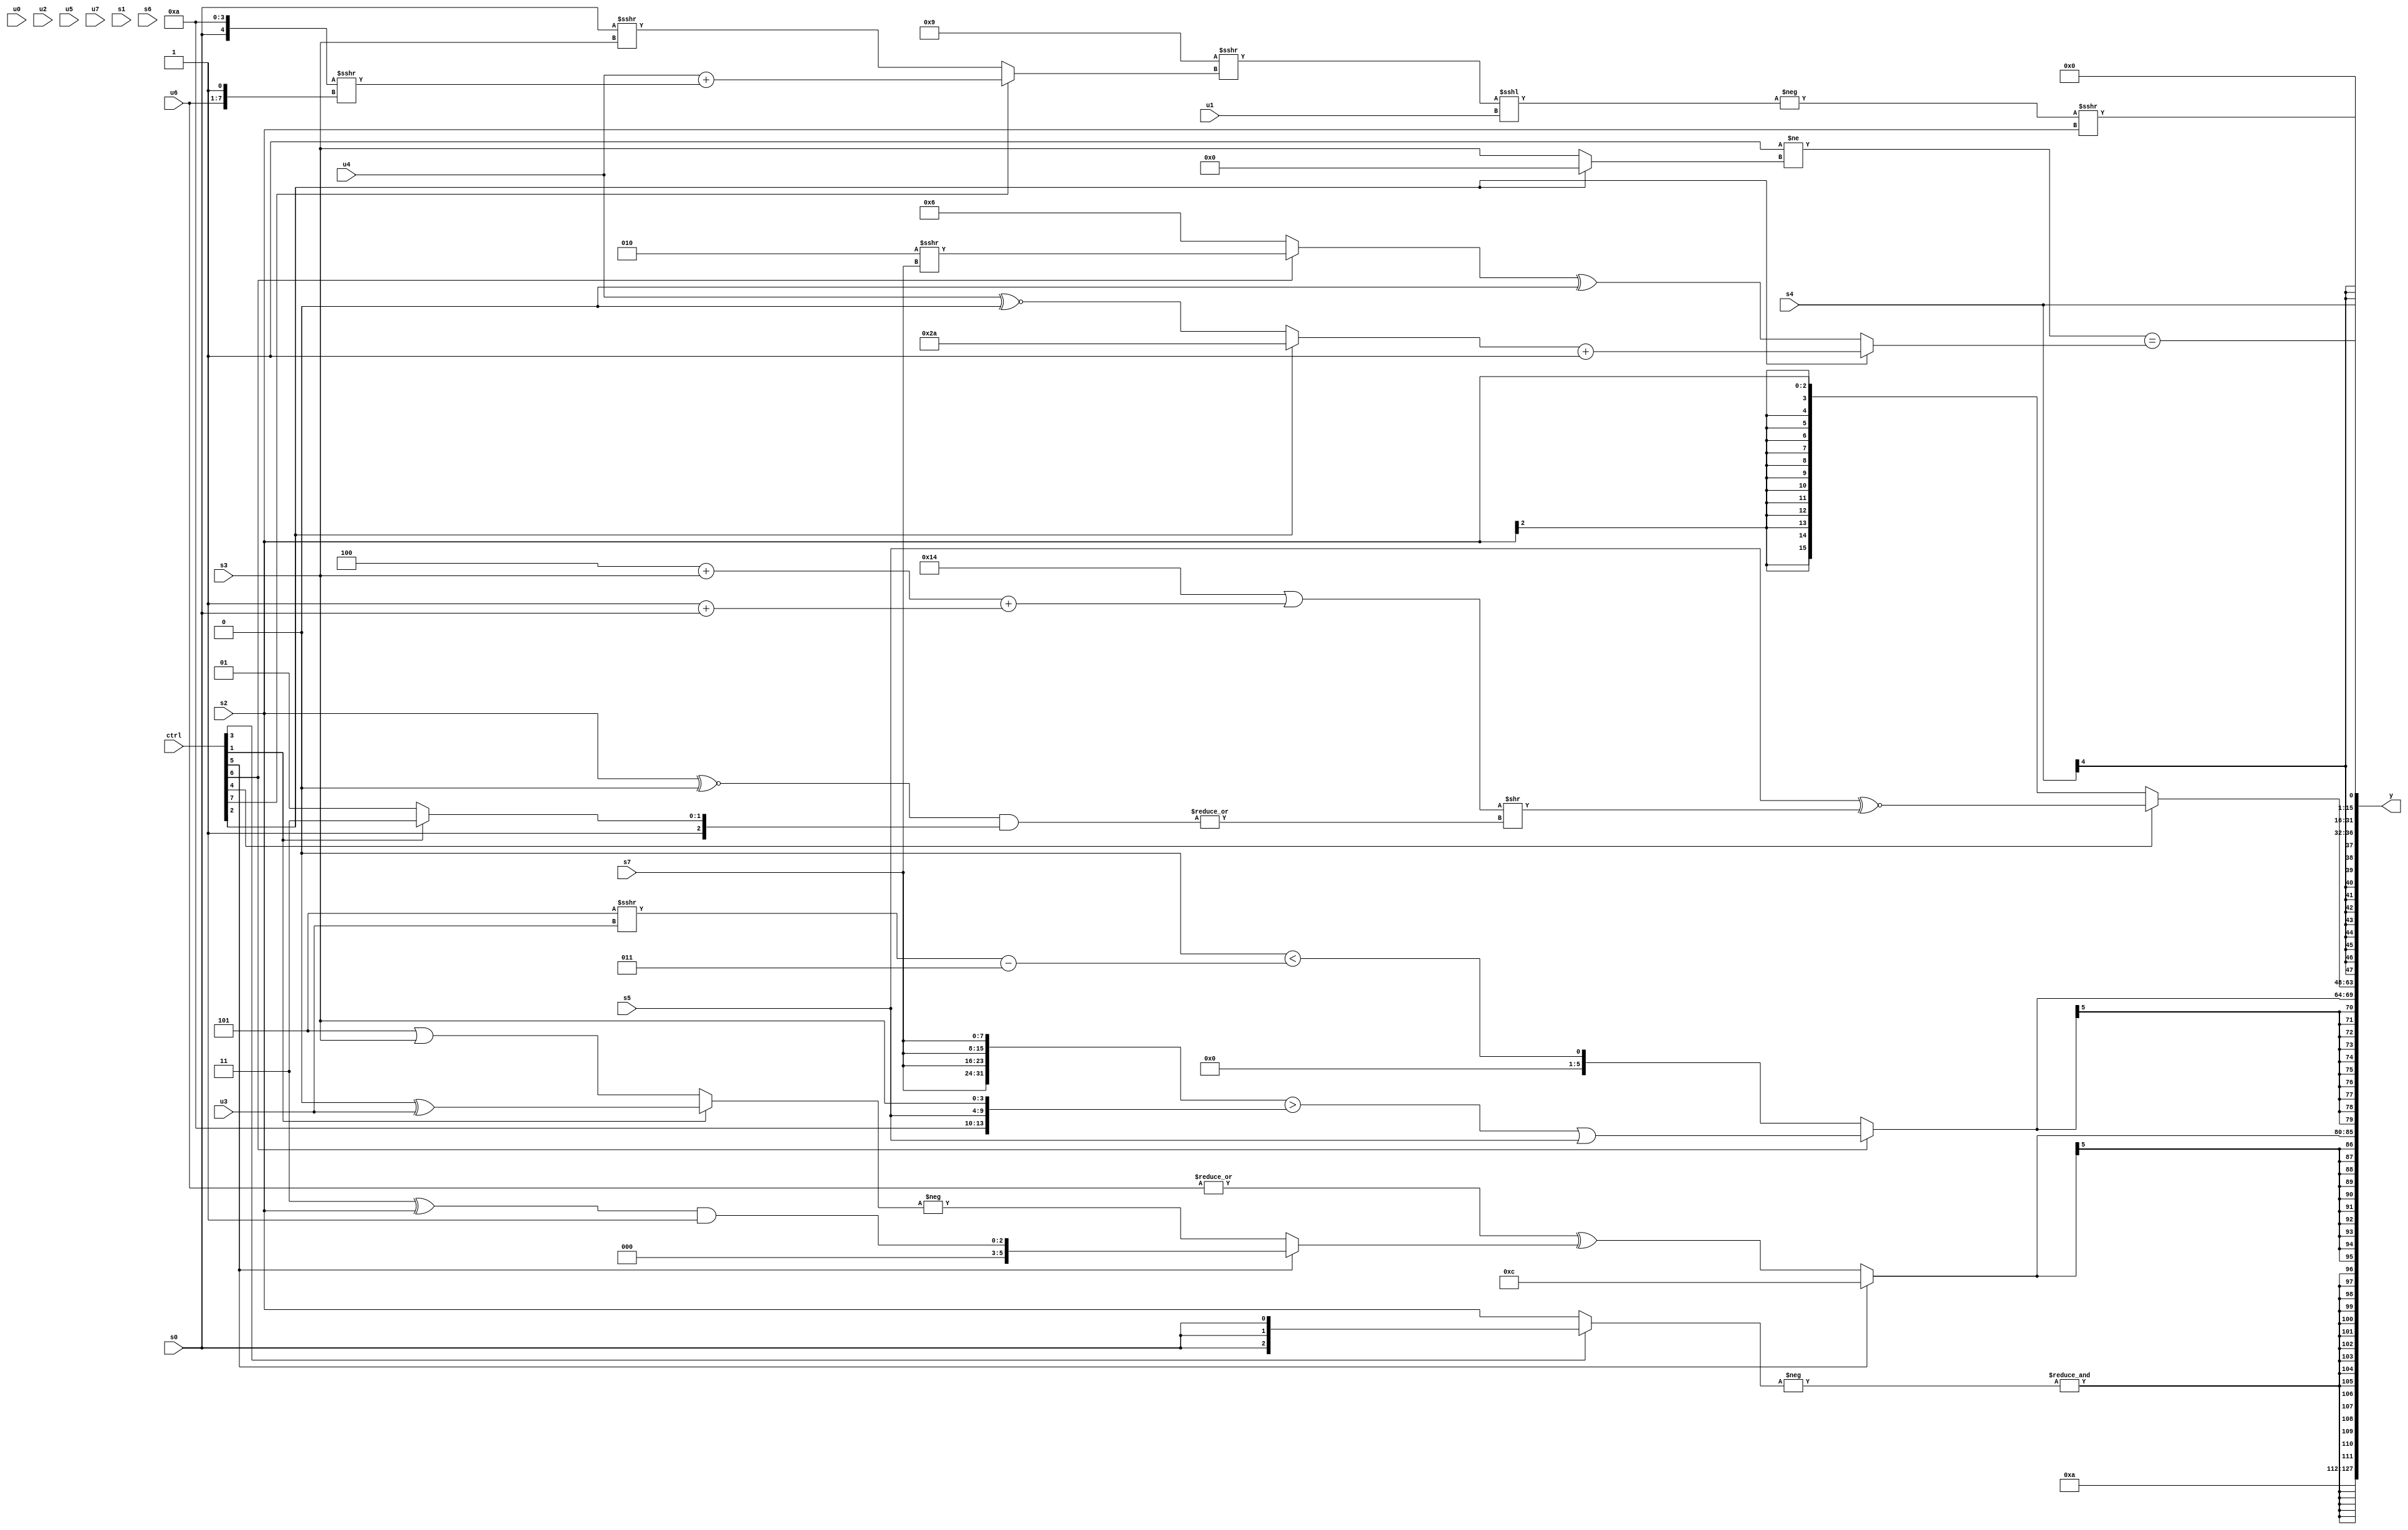
module wideexpr_00516(ctrl, u0, u1, u2, u3, u4, u5, u6, u7, s0, s1, s2, s3, s4, s5, s6, s7, y);
  input [7:0] ctrl;
  input [0:0] u0;
  input [1:0] u1;
  input [2:0] u2;
  input [3:0] u3;
  input [4:0] u4;
  input [5:0] u5;
  input [6:0] u6;
  input [7:0] u7;
  input signed [0:0] s0;
  input signed [1:0] s1;
  input signed [2:0] s2;
  input signed [3:0] s3;
  input signed [4:0] s4;
  input signed [5:0] s5;
  input signed [6:0] s6;
  input signed [7:0] s7;
  output [127:0] y;
  wire [15:0] y0;
  wire [15:0] y1;
  wire [15:0] y2;
  wire [15:0] y3;
  wire [15:0] y4;
  wire [15:0] y5;
  wire [15:0] y6;
  wire [15:0] y7;
  assign y = {y0,y1,y2,y3,y4,y5,y6,y7};
  assign y0 = 6'sb001010;
  assign y1 = $signed($signed({4{&(-((ctrl[3]?s0:s2)))}}));
  assign y2 = $signed((ctrl[5]?6'b001100:(|(u6))^((ctrl[5]?((2'b11)^(s2))&(~&({$unsigned(2'sb01)})):-((ctrl[1]?((2'sb01)&(3'sb000))^(+(u3)):(+(3'b101))|($signed(s3))))))));
  assign y3 = $signed((ctrl[6]?(({4{s7}})>({4'b1010,s5,s3}))|($unsigned(s5)):(((3'sb110)^(s5))<<($signed(5'sb11100)))<(((4'sb1101)>>>(u3))-(+(3'sb011)))));
  assign y4 = (ctrl[4]?(s5)^~(((6'sb110100)|(((4'sb1100)+(s3))+((1'sb1)+(s0))))>>(|(((s2)^~(3'sb000))&((ctrl[1]?4'sb1111:3'sb101))))):s2);
  assign y5 = $signed(s4);
  assign y6 = (-(((4'b1001)>>>((ctrl[7]?$signed((u4)+(({s0,4'b1010})>>>({u6,1'sb1}))):($signed({3{$signed(s0)}}))>>>(s3))))<<<(u1)))>>>(s2);
  assign y7 = ((2'sb11)!=((ctrl[2]?$signed(+($unsigned((4'sb1001)>=(4'sb0010)))):s3)))==($signed((ctrl[2]?((ctrl[2]?-((4'sb0100)+(6'sb010010)):($signed(u4))^~($signed(2'sb00))))+(+(1'sb1)):(+((ctrl[6]?(3'sb010)>>>(s7):(3'sb011)+(4'sb0011))))^(2'sb00))));
endmodule